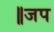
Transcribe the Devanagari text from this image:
॥जप